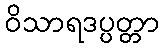
ဝိသာရဒပ္ပတ္တာ